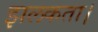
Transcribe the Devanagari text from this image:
झलकता।